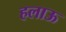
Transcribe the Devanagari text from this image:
हलाऊ